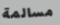
مسالمة